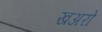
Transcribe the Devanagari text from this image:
खअरो